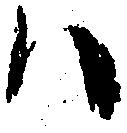
ハ